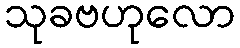
သုခဗဟုလော